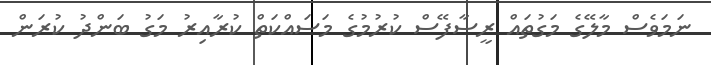
ނަމަވެސް މާލޭގެ މަގުތައް ރީސާފޭސް ކުރުމުގެ މަސައްކަތް ކުރާއިރު މަގު ބަންދު ކުރަން